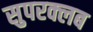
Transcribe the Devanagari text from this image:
सुपरक्लब